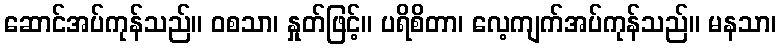
ဆောင်အပ်ကုန်သည်။ ဝစသာ၊ နှုတ်ဖြင့်။ ပရိစိတာ၊ လေ့ကျက်အပ်ကုန်သည်။ မနသာ၊